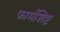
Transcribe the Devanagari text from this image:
फार्मशिष्ट